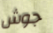
جوش